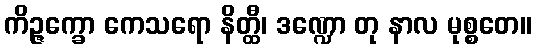
ကိဉ္ဇက္ခော ကေသရော နိတ္ထီ၊ ဒဏ္ဍော တု နာလ မုစ္စတေ။